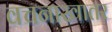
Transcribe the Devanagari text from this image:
वचनाखातर